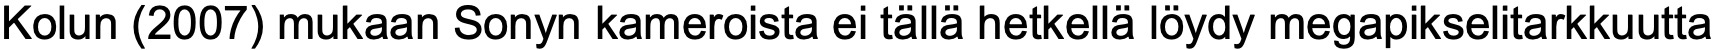
Kolun (2007) mukaan Sonyn kameroista ei tällä hetkellä löydy megapikselitarkkuutta